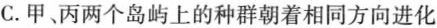
C.甲、丙两个岛屿上的种群朝着相同方向进化